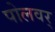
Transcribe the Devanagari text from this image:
पोलवर्